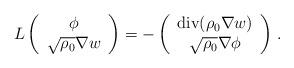
LaTeX: \begin{align*}L\left(\begin{array}{c}\phi \\ \sqrt{\rho_{0}}\nabla w\end{array}\right)=-\left(\begin{array}{c}\hbox{div} (\rho_{0}\nabla w) \\ \sqrt{\rho_{0}}\nabla\phi\end{array}\right)\,.\end{align*}